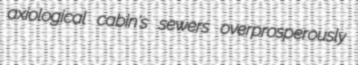
axiological cabin's sewers overprosperously